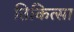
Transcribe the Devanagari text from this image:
तिकित्सा